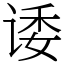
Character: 诿